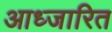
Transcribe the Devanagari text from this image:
आध्जारित